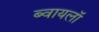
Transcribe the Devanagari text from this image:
ब्वायलॉ